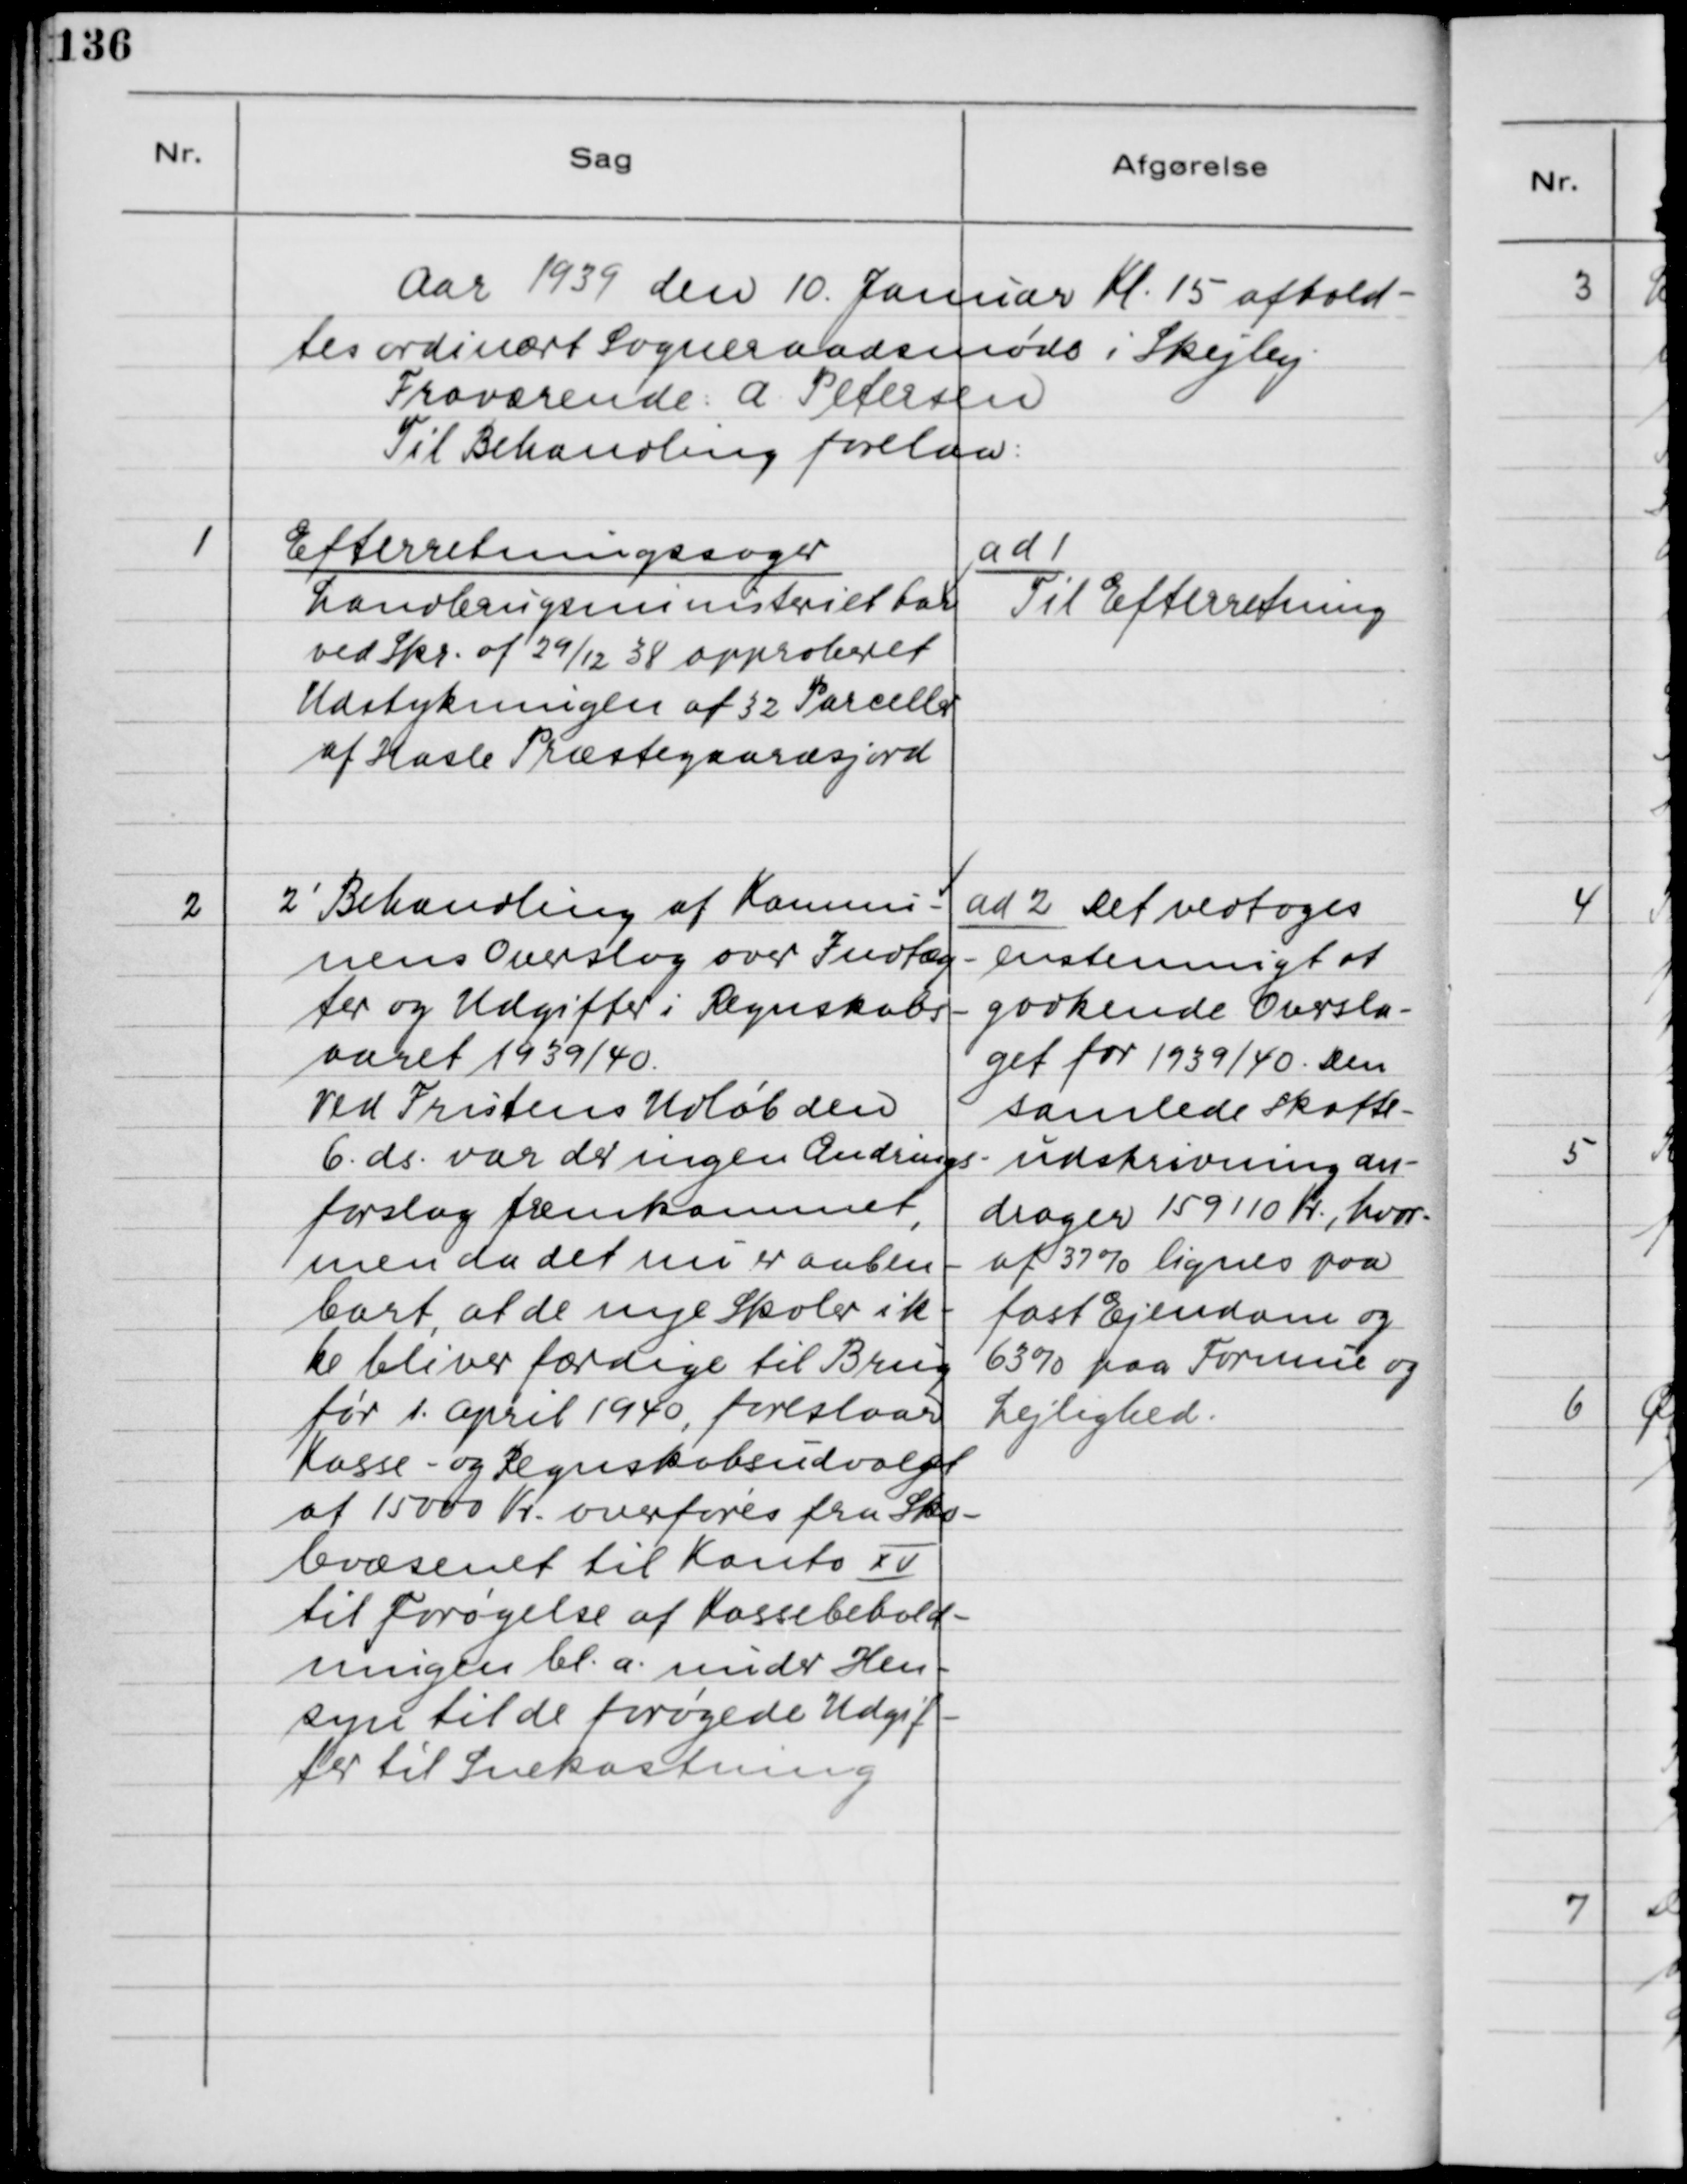
Transskription:
Aar 1939 den 10. Januar Kl. 15 afhold-
tes ordinært Sogneraadsmøde i Skejby.
Fraværende: A. Petersen
Til Behandling forelaa:

1. Efterretningssager
Landbrugsministeriet har
ved Skr. af 29/12 38 approberet
Udstykningen af 32 Parceller
af Hasle Præstegaardsjord.

ad 1.
Til Efterretning

2 2´Behandling af Kommu-
nens Overslag over Indtæg-
ter og Udgifter i Regnskabs-
aaret 1939/40.
Ved Fristens Udløb den
6. ds. var der ingen Ændrings-
forslag fremkommet,
men da det nu er aaben-
bart, at de nye Skoler ik-
ke bliver færdige til Brug
før 1. April 1940, foreslaar
Kasse- og Regnskabsudvalget
at 15000 Kr. overføres fra Sko-
levæsenet til Konto XV
til Forøgelse af Kassebehold-
ningen bl.a. under Hen-
syn til de forøgede Udgif-
ter til Snekastning.

ad 2. Det vedtoges
ensstemmigt at
godkende Oversla-
get for 1939/40. Den
samlede Skatte-
undskrivning an-
drager 159110 Kr., hvor-
af 37% lignes paa
fast Ejendom og
63% paa Formue og
Lejlighed.